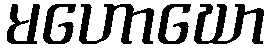
မဟောဃော